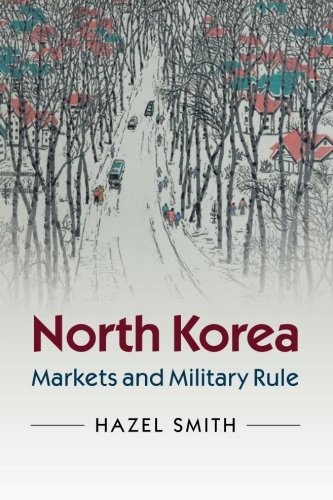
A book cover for North Korea: Markets and Military Rule; Hazel Smith; History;